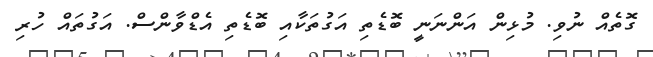
ގޮތެއް ނުވި. މުޅިން އަންނަނީ ބޮޑެތި އަގުތަކާއި ބޮޑެތި އެޑްވާންސް. އަގުތައް ހުރި